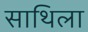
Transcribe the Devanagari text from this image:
साथिला